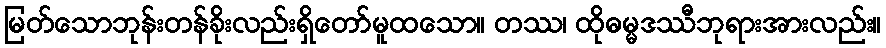
မြတ်သောဘုန်းတန်ခိုးလည်းရှိတော်မူထသော။ တဿ၊ ထိုဓမ္မဒဿီဘုရားအားလည်း။